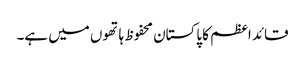
قائد اعظم کا پاکستان محفوظ ہاتھوں میں ہے۔